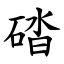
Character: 䂿